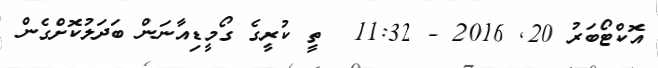
އޮކްޓޯބަރު 20